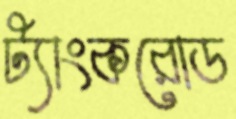
ট্যাংকরোড